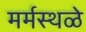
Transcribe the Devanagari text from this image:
मर्मस्थळे